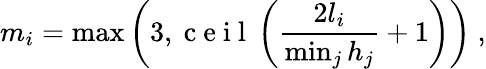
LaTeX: m_{i}=\operatorname*{max}\left(3,\mathrm{~c~e~i~l~}\left(\frac{2l_{i}}{\operatorname*{min}_{j}h_{j}}+1\right)\right)\ ,